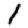
Digit: 1